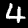
Digit: 4